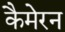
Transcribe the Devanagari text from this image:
कैमेरन